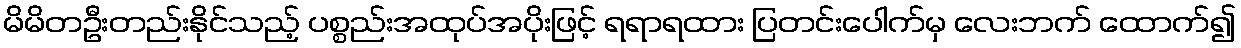
မိမိတဦးတည်းနိုင်သည့် ပစ္စည်းအထုပ်အပိုးဖြင့် ရရာရထား ပြတင်းပေါက်မှ လေးဘက် ထောက်၍